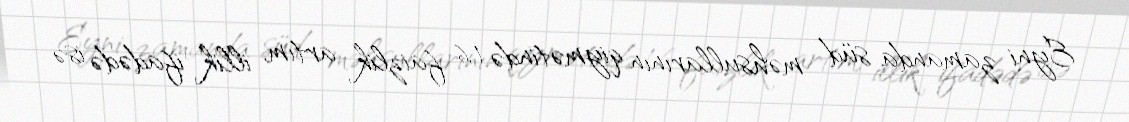
Eyni zamanda süd məhsullarının qiymətində 1,6 faizlik artım, illik ifadədə isə